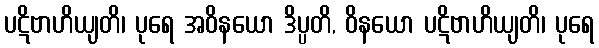
ပဋိဗာဟိယျတိ၊ ပုရေ အဝိနယော ဒိပ္ပတိ, ဝိနယော ပဋိဗာဟိယျတိ၊ ပုရေ